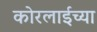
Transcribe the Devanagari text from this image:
कोरलाईच्या